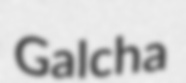
Galcha